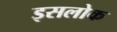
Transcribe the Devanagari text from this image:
इसलोक